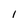
Character: l